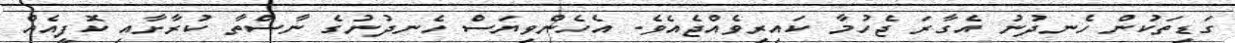
ގަޑިތަކުން ހެނދުނު އެގާރަ ޖެހުމާ ކައިރިވެއްޖެއެވެ. އެހެންވިޔަސް ހެނދުނުގެ ނާސްތާ ކުރާށާއި ކޮފީއެއް